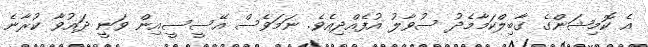
އެ ކޮމިޝަންގެ ގާބިލްކަމާމެދު ސުވާލު އުފެއްދިއެވެ. ނަމަވެސް އޭސީސީއިން ވަނީ ދައުވާ ކުރާނެ